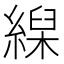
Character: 𦃨